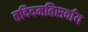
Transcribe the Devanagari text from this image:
तदिदमतिसर्वाय